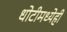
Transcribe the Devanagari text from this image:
धोटीमध्येही